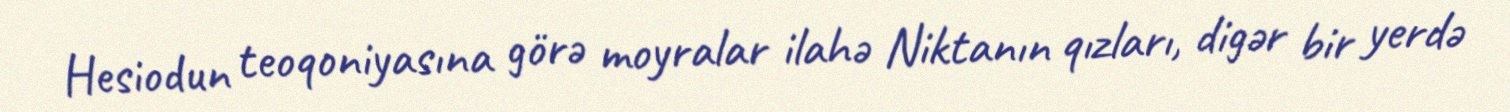
Hesiodun teoqoniyasına görə moyralar ilahə Niktanın qızları, digər bir yerdə